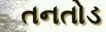
તનતોડ